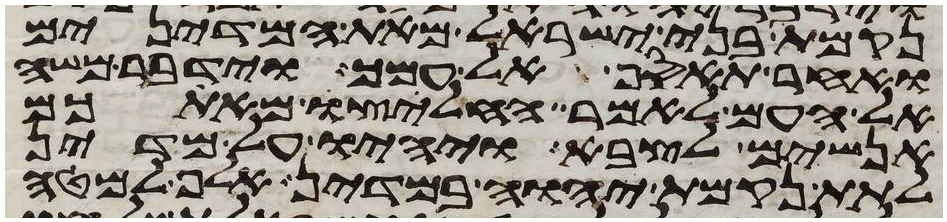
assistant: נקמת בני ישראל מאת המדינים
ואחר תאסף אל עמך וידבר משה
אל העם לאמר החליצו מאתכם
אנשים לצבא ויהיו על מדין
לתת נקמת יהוה במדין אלף למטה